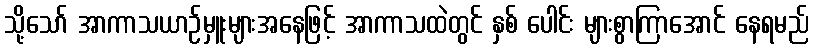
သို့သော် အာကာသယာဉ်မှူးများအနေဖြင့် အာကာသထဲတွင် နှစ် ပေါင်း များစွာကြာအောင် နေရမည်